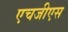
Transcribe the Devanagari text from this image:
एचजीएस